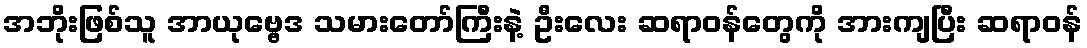
အဘိုးဖြစ်သူ အာယုဗ္ဗေဒ သမားတော်ကြီးနဲ့ ဦးလေး ဆရာဝန်တွေကို အားကျပြီး ဆရာဝန်